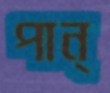
পান্